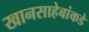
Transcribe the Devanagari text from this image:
खानसाहेबांकडे